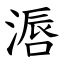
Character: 滣